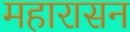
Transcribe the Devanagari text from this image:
महारासन